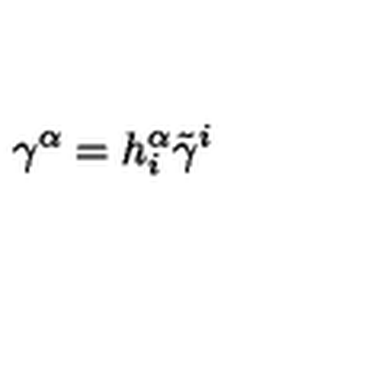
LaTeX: \gamma ^ { \alpha } = h _ { i } ^ { \alpha } \tilde { \gamma } ^ { i }